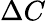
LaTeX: \Delta C